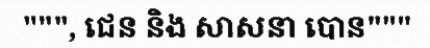
""", ជេន និង សាសនា បោន"""